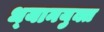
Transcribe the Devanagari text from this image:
ध्‍यानयुक्त